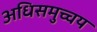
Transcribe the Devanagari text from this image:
अधिसमुच्चय